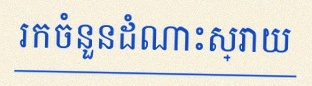
រកចំនួនដំណោះស្រាយ